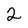
Character: 2